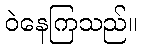
ဝဲနေကြသည်။